画像に写った文字を読んでください
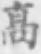
「髙」と書いてあります